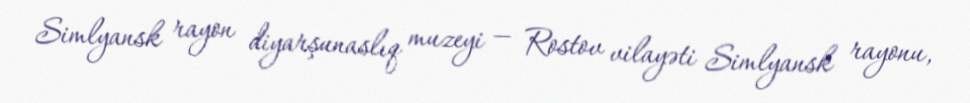
Simlyansk rayon diyarşunaslıq muzeyi — Rostov vilayəti Simlyansk rayonu,